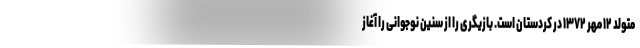
متولد ۱۲ مهر ۱۳۷۲ در کردستان است. بازیگری را از سنین نوجوانی را آغاز